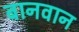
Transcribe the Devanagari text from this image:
बानवान